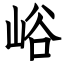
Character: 峪